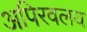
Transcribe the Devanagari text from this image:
अपिरवलय